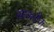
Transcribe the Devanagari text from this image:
सावलोक